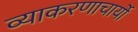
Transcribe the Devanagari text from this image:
व्याकरणाचार्यो